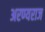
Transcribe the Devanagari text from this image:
अरण्यराज